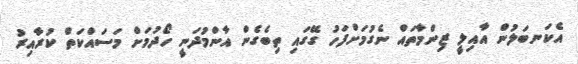
އެކަނބަލުން އާއިލީ ޒިންމާތައް ނެގުމަށްފަހު ގޭގައި ތިބެގެން އާންމުދަނީ ހޯދުމަށް މަސައްކަތް ކުރާއިރު